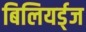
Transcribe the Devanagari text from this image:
बिलियर्ड्‌ज